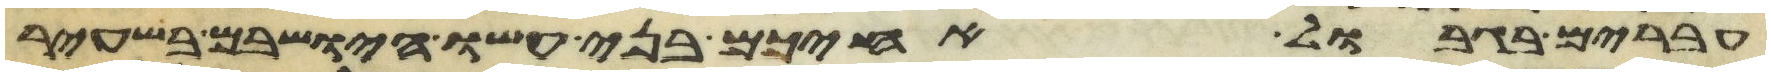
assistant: עברים בגבול אחיכם בני עשו הישבים בשעיר